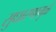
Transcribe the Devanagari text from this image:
सुधारणामुळे